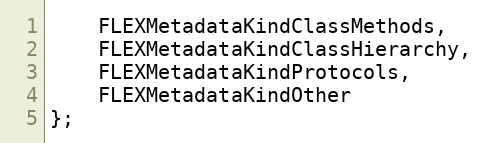
Language: C
    FLEXMetadataKindClassMethods,
    FLEXMetadataKindClassHierarchy,
    FLEXMetadataKindProtocols,
    FLEXMetadataKindOther
};